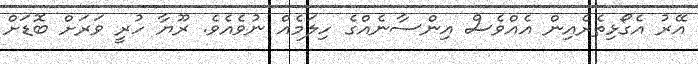
އޭރު އެގޯޅިތެރެއިން އެއްވެސް އިންސާނެއްގެ ހިލަމެއް ނުވެއެވެ. ރޫޔާ ހުރީ ވަރަށް ބޮޑަށް